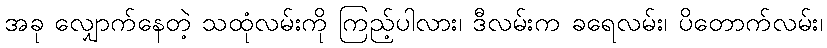
အခု လျှောက်နေတဲ့ သထုံလမ်းကို ကြည့်ပါလား၊ ဒီလမ်းက ခရေလမ်း၊ ပိတောက်လမ်း၊